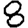
Digit: 8